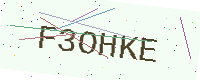
Text: F3OHKE